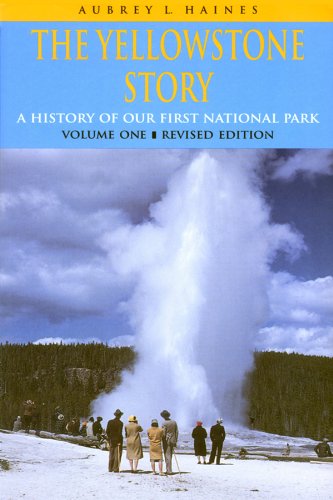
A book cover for The Yellowstone Story : A History of Our First National Park : Volume 1; Aubrey L. Haines; Travel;